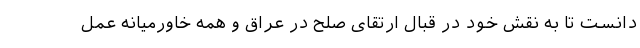
دانست تا به نقش خود در قبال ارتقای صلح در عراق و همه خاورمیانه عمل